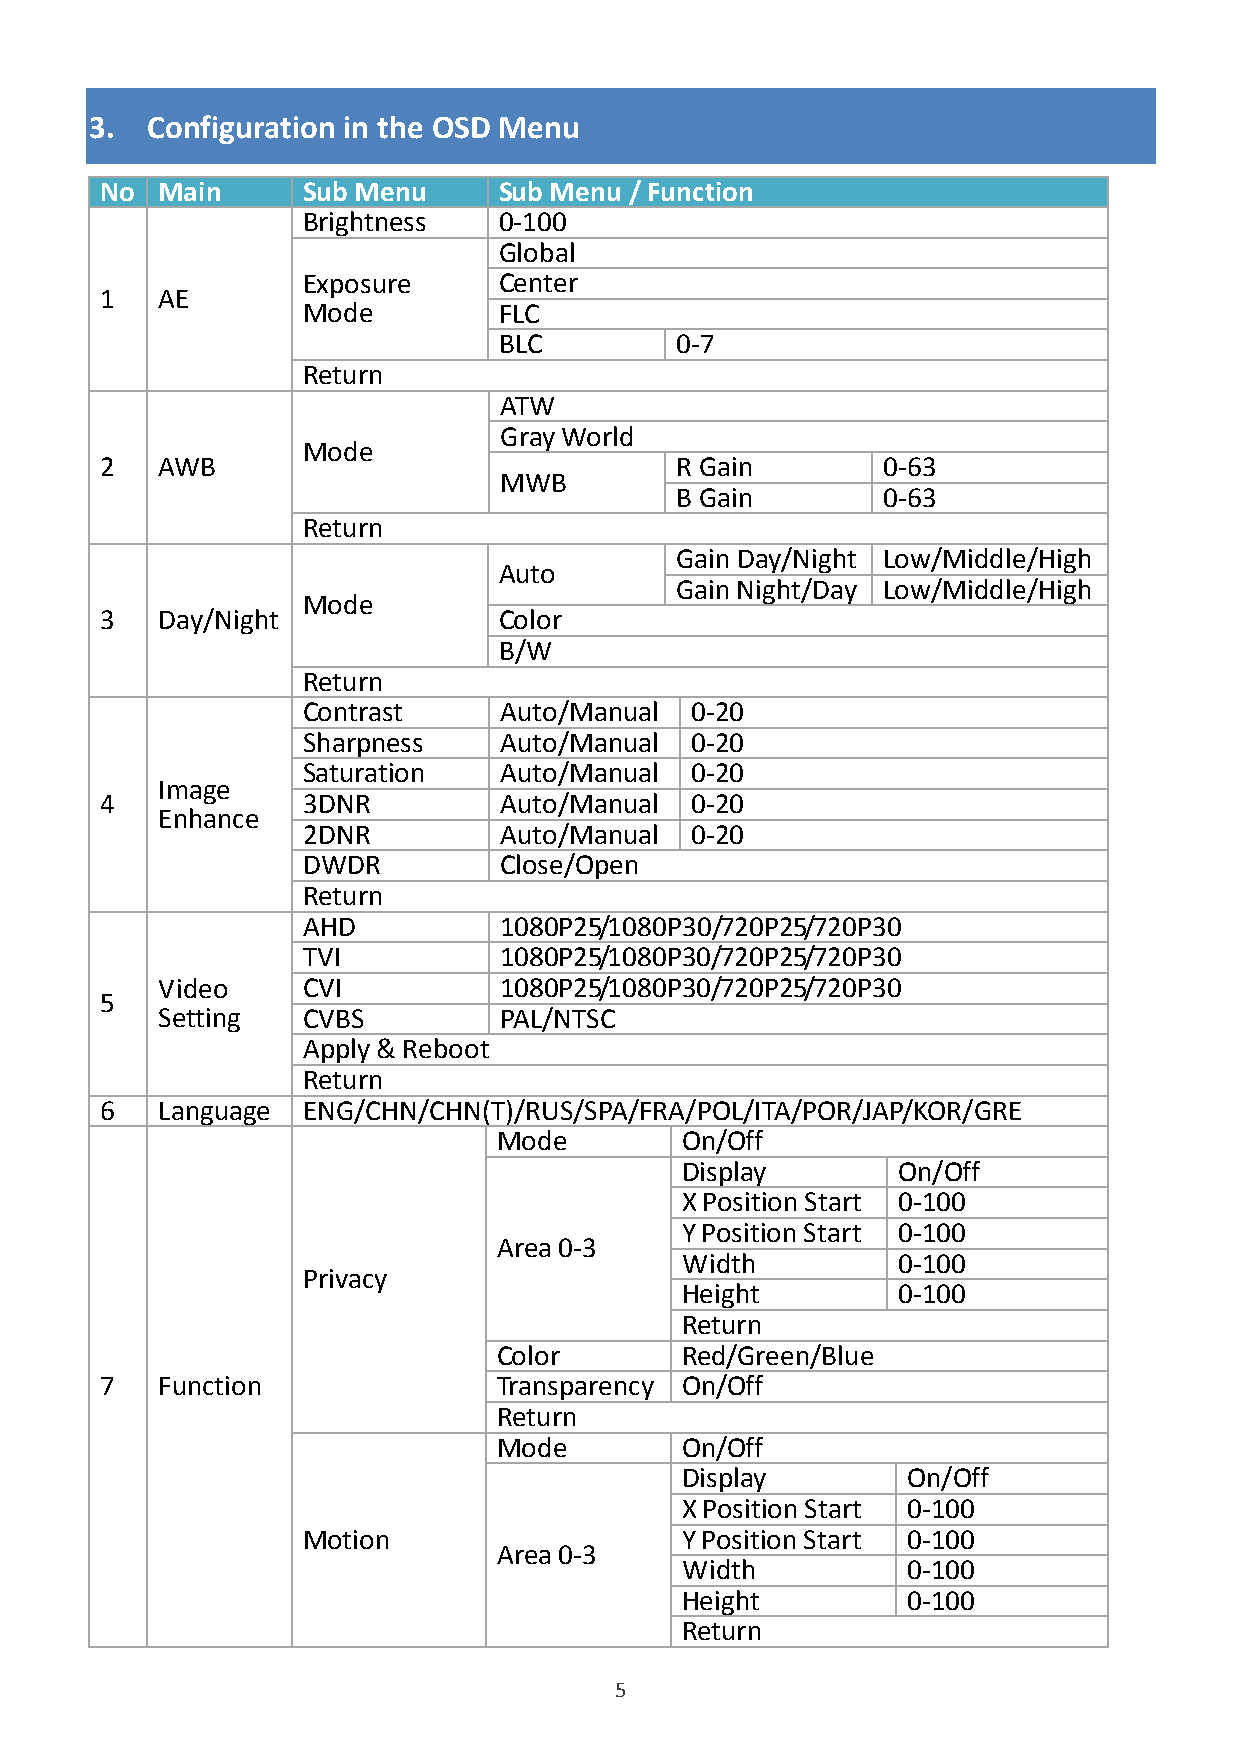
3.  Configuration in the OSD Menu
 No Main      Sub Menu     Sub Menu / Function
 Brightness   0-100
 Global
 Exposure     Center
 1  AE
 Mode         FLC
 BLC         0-7
 Return
 ATW
 Gray World
 Mode
 2  AWB                                R Gain       0-63
 MWB
 B Gain       0-63
 Return
 Gain Day/Night Low/Middle/High
 Auto
 Gain Night/Day Low/Middle/High
 Mode
 3  Day/Night              Color
 B/W
 Return
 Contrast     Auto/Manual  0-20
 Sharpness    Auto/Manual  0-20
 Saturation   Auto/Manual  0-20
 Image
 4            3DNR         Auto/Manual  0-20
 Enhance
 2DNR         Auto/Manual  0-20
 DWDR         Close/Open
 Return
 AHD          1080P25/1080P30/720P25/720P30
 TVI          1080P25/1080P30/720P25/720P30
 Video     CVI          1080P25/1080P30/720P25/720P30
 5
 Setting   CVBS         PAL/NTSC
 Apply & Reboot
 Return
 6  Language  ENG/CHN/CHN(T)/RUS/SPA/FRA/POL/ITA/POR/JAP/KOR/GRE
 Mode        On/Off
 Display       On/Off
 X Position Start 0-100
 Y Position Start 0-100
 Area 0-3
 Width         0-100
 Privacy
 Height        0-100
 Return
 Color       Red/Green/Blue
 7  Function               Transparency On/Off
 Return
 Mode        On/Off
 Display        On/Off
 X Position Start 0-100
 Motion                   Y Position Start 0-100
 Area 0-3
 Width          0-100
 Height         0-100
 Return
 5